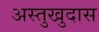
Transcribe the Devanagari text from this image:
अस्तुखुदास